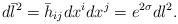
LaTeX: \begin{align*}d\bar{l}^2=\bar{h}_{ij}dx^i dx^j=e^{2\sigma} dl^2.\end{align*}